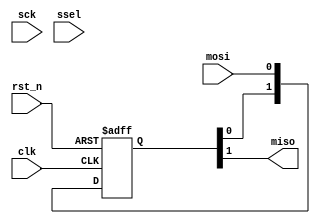
module spi_slave_cpha0(
clk,sck,mosi,miso,ssel,rst_n
);

input clk;
input rst_n;
input sck,mosi,ssel;
output miso;

reg recived_status;
reg[2:0] sckr;
reg[2:0] sselr;
reg[1:0] mosir;
reg[2:0] bitcnt;
reg[7:0] bytecnt;
reg byte_received;  // high when a byte has been received
reg [7:0] byte_data_received;

wire ssel_active;
wire sck_risingedge;
wire sck_fallingedge;
wire mosi_data;
/*******************************************************************************
*detect the rising edge and falling edge of sck
*******************************************************************************/
always @(posedge clk or negedge rst_n)begin
	if(!rst_n)
		sckr <= 3'h0;
	else
		sckr <= {sckr[1:0],sck};
end

assign sck_risingedge = (sckr[2:1] == 2'b01) ? 1'b1 : 1'b0;
assign sck_fallingedge = (sckr[2:1] == 2'b10) ? 1'b1 : 1'b0;

/*******************************************************************************
*detect starts at falling edge and stops at rising edge of ssel
*******************************************************************************/
always @(posedge clk or negedge rst_n)begin
	if(!rst_n)
		sselr <= 3'h0;
	else
		sselr <= {sselr[1:0],ssel};
end

assign  ssel_active = (~sselr[1]) ? 1'b1 : 1'b0;  // SSEL is active low

/*******************************************************************************
*read from mosi we double sample the data
*******************************************************************************/
always @(posedge clk or negedge rst_n)begin
	if(!rst_n)
		mosir <= 2'h0;
	else
		mosir <={mosir[0],mosi};
end

assign mosi_data = mosir[1];

/*******************************************************************************
*SPI slave reveive in 8-bits format
*******************************************************************************/
always @(posedge clk or negedge rst_n)begin
  if(!rst_n)begin
	bitcnt <= 3'b000;
	byte_data_received <= 8'h0;
  end
  else begin
   if(~ssel_active)
     bitcnt <= 3'b000;
   else begin
      if(sck_risingedge)begin
        bitcnt <= bitcnt + 3'b001;
        byte_data_received <= {byte_data_received[6:0], mosi_data};
      end
		else begin
		  bitcnt <= bitcnt;
        byte_data_received <= byte_data_received;
		end
	  end
  end
end

/* indicate a byte has been received */
always @(posedge clk or negedge rst_n) begin
	if(!rst_n)
		byte_received <= 1'b0;
	else
		byte_received <= ssel_active && sck_risingedge && (bitcnt==3'b111);
end


/*******************************************************************************
*SPI  slave send date 
*******************************************************************************/

assign miso = mosi_data;  // send MSB first

endmodule